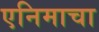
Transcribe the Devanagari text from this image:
एनिमाचा